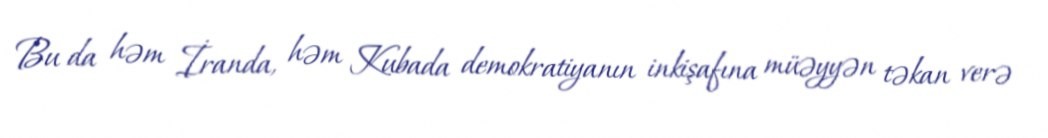
Bu da həm İranda, həm Kubada demokratiyanın inkişafına müəyyən təkan verə